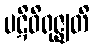
ပဋိဝိရုဇ္ဈတိ